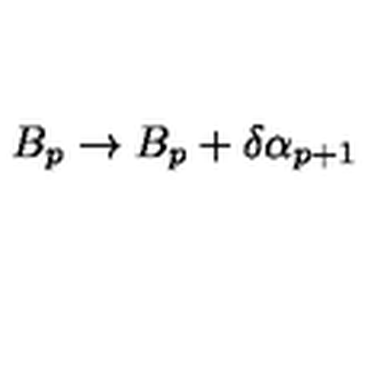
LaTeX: B _ { p } \rightarrow B _ { p } + \delta \alpha _ { p + 1 }